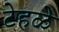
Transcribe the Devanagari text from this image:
टेहळे